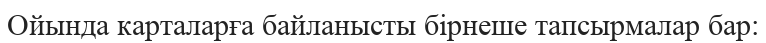
Ойында карталарға байланысты бірнеше тапсырмалар бар: